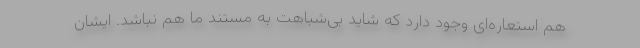
هم استعاره‌ای وجود دارد که شاید بی‌شباهت به مستند ما هم نباشد. ایشان